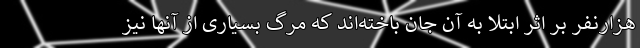
هزارنفر بر اثر ابتلا به آن جان باخته‌اند که مرگ بسیاری از آنها نیز